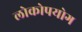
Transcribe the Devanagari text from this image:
लोकोपयोग